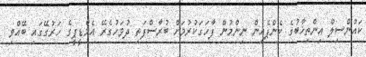
ކައުންސިލް އިންތިޚާބުގެ ކެންޕެއިން ނިންމުން ފާހަގަކުރުމަށް ބުރާސްފަތި ދުވަހުގެރޭ އެމްޑީޕީގެ ހަރުގޭގައި ބޭއްވި